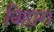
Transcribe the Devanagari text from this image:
विहाग